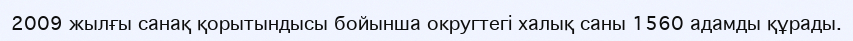
2009 жылғы санақ қорытындысы бойынша округтегі халық саны 1560 адамды құрады.